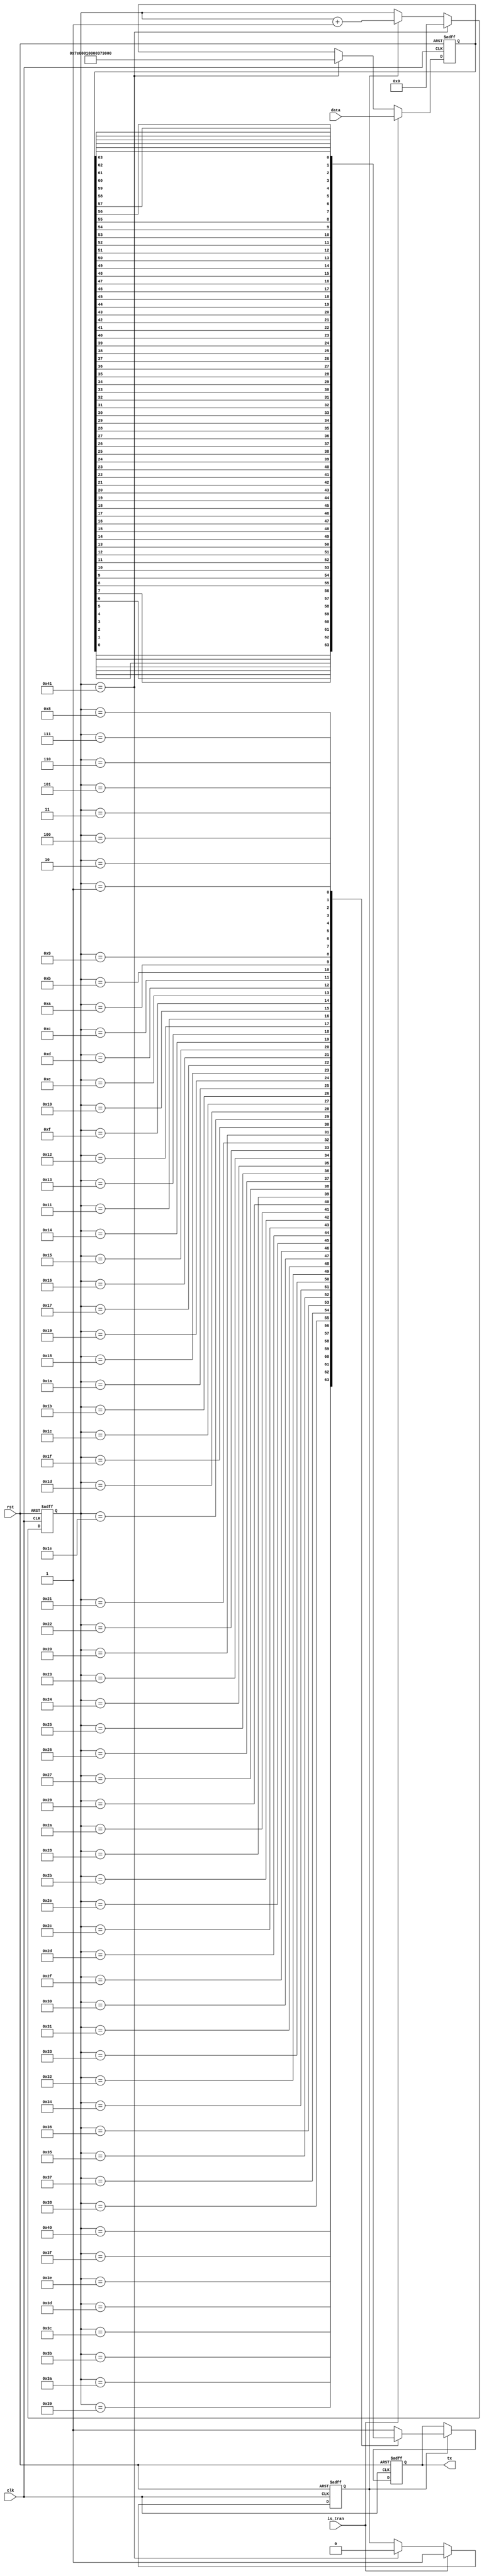
module hdlc_senddata(
    input wire clk,
    input wire rst,
    input wire is_tran,
    input wire [63:0]data,
    output reg tx
);

    // 9600Hz
    integer i;
    reg [13:0] clk_cnt;
    reg tran_vld;
     
    always @ (posedge clk or posedge rst) begin
        if (rst) begin
            tran_vld <= 1'b0;
        end
        else if (data == 64'h7E0001000037307E) begin
            tran_vld <= 1'b0;
        end
        else begin
            tran_vld <= 1'b1;
        end
    end

//    always @(posedge clk or posedge rst) begin
//        if (rst) begin
//            clk_cnt <= 14'b0;
//        end
//        else if (clk_cnt == 14'd2603) begin
//            clk_cnt <= 14'b0;
//        end
//        else if (tran_vld) begin
//            clk_cnt <= clk_cnt + 1'b1;
//        end
//    end
//
//    // 
//    wire tx_en;
//    assign  tx_en= (clk_cnt == 14'd1301);
     
    reg [6:0] send_cnt;
    reg [63:0] tmp;
	 reg flag;
	 
    always @ (posedge clk or posedge rst) begin
        if (rst) begin
            send_cnt <= 7'b0;
        end
        else if (send_cnt == 7'd65) begin
            send_cnt <= 7'b0;
        end
        else if (flag) begin
            send_cnt = send_cnt + 1'b1;
        end
    end

    // is_tran1datatmp
    always @(posedge clk or posedge rst) begin
        if (rst) begin
            tmp <= 64'hffffffffffffffff;
				flag <= 1'b0;
        end
        else if (is_tran) begin
            tmp <= data;
				flag <= 1'b1;
        end
        else if (send_cnt == 7'd65) begin
            tmp <= 64'h7E0001000037307E;
				flag <= 1'b0;
        end
    end

    always @ (posedge clk or posedge rst) begin
        if (rst) begin
            tx <= 1'b1;
        end
        else begin
            if (flag) begin
                case(send_cnt)
                    7'd64: tx <= tmp[0];
                    7'd63: tx <= tmp[1];
                    7'd62: tx <= tmp[2];
                    7'd61: tx <= tmp[3];
                    7'd60: tx <= tmp[4];
                    7'd59: tx <= tmp[5];
                    7'd58: tx <= tmp[6];
                    7'd57: tx <= tmp[7];
                    7'd56: tx <= tmp[8];
                    7'd55: tx <= tmp[9];
                    7'd54: tx <= tmp[10];
                    7'd53: tx <= tmp[11];
                    7'd52: tx <= tmp[12];
                    7'd51: tx <= tmp[13];
                    7'd50: tx <= tmp[14];
                    7'd49: tx <= tmp[15];
                    7'd48: tx <= tmp[16];
                    7'd47: tx <= tmp[17];
                    7'd46: tx <= tmp[18];
                    7'd45: tx <= tmp[19];
                    7'd44: tx <= tmp[20];
                    7'd43: tx <= tmp[21];
                    7'd42: tx <= tmp[22];
                    7'd41: tx <= tmp[23];
                    7'd40: tx <= tmp[24];
                    7'd39: tx <= tmp[25];
                    7'd38: tx <= tmp[26];
                    7'd37: tx <= tmp[27];
                    7'd36: tx <= tmp[28];
                    7'd35: tx <= tmp[29];
                    7'd34: tx <= tmp[30];
                    7'd33: tx <= tmp[31];
                    7'd32: tx <= tmp[32];
                    7'd31: tx <= tmp[33];
                    7'd30: tx <= tmp[34];
                    7'd29: tx <= tmp[35];
                    7'd28: tx <= tmp[36];
                    7'd27: tx <= tmp[37];
                    7'd26: tx <= tmp[38];
                    7'd25: tx <= tmp[39];
                    7'd24: tx <= tmp[40];
                    7'd23: tx <= tmp[41];
                    7'd22: tx <= tmp[42];
                    7'd21: tx <= tmp[43];
                    7'd20: tx <= tmp[44];
                    7'd19: tx <= tmp[45];
                    7'd18: tx <= tmp[46];
                    7'd17: tx <= tmp[47];
                    7'd16: tx <= tmp[48];
                    7'd15: tx <= tmp[49];
                    7'd14: tx <= tmp[50];
                    7'd13: tx <= tmp[51];
                    7'd12: tx <= tmp[52];
                    7'd11: tx <= tmp[53];
                    7'd10: tx <= tmp[54];
                    7'd9: tx <= tmp[55];
                    7'd8: tx <= tmp[56];
                    7'd7: tx <= tmp[57];
                    7'd6: tx <= tmp[58];
                    7'd5: tx <= tmp[59];
                    7'd4: tx <= tmp[60];
                    7'd3: tx <= tmp[61];
                    7'd2: tx <= tmp[62];
                    7'd1: tx <= tmp[63];
                    7'd0: tx <= 1'b1;
                    default: tx <= 1'b1;
                endcase
            end
        end
    end

endmodule